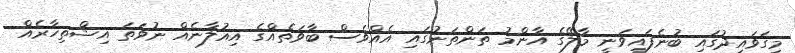
މިގަވައިދުގައި ބުނެފައިވަނީ މާލޭގެ އާންމު ތަންތަނުގައި އެއްވެސް ބާވަތެއްގެ އިއުލާނެއް ނުވަތަ އިޝްތިހާރެއް